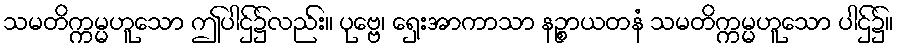
သမတိက္ကမ္မဟူသော ဤပါဌ်၌လည်း။ ပုဗ္ဗေ၊ ရှေးအာကာသာ နဉ္စာယတနံ သမတိက္ကမ္မဟူသော ပါဌ်၌။